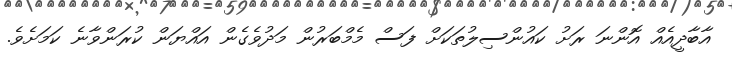
އާބާދީއެއް އޮންނަ ރަށު ކައުންސިލުތަކަށް ފަސް މެމްބަރުން މަދުވެގެން އައްޔަން ކުރަންވާނެ ކަމަށެވެ.